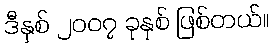
ဒီနှစ် ၂၀၀၇ ခုနှစ် ဖြစ်တယ်။